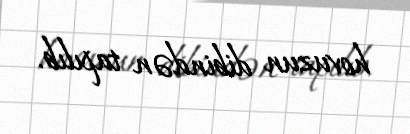
hovuzun dibindən tapılıb.